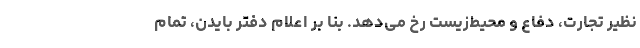
نظیر تجارت، دفاع و محیط‌زیست رخ می‌دهد. بنا بر اعلام دفتر بایدن، تمام